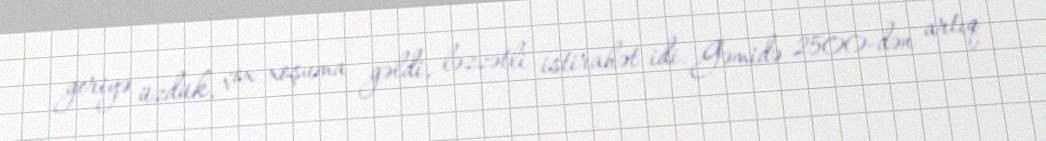
geriyə üzdük, çox xoşuma gəldi, ləzzətli istirahət idi. Gəmidə 2500-dən artıq